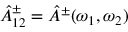
{ \hat { A } } _ { 1 2 } ^ { \pm } = { \hat { A } } ^ { \pm } ( \omega _ { 1 } , \omega _ { 2 } )